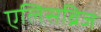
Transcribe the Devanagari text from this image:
एलिसब्रिज